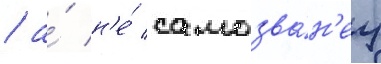
/ а́ н'е́ самозва́н'ец